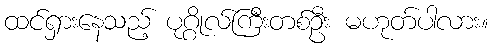
ထင်ရှားနေသည့် ပုဂ္ဂိုလ်ကြီးတစ်ဦး မဟုတ်ပါလား။